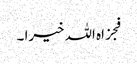
فجزاہ اللہ خیرا ۔